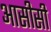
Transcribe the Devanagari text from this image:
आसीसी